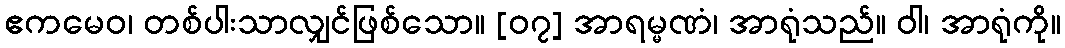
ဧကမေဝ၊ တစ်ပါးသာလျှင်ဖြစ်သော။ [၀၇] အာရမ္မဏံ၊ အာရုံသည်။ ဝါ၊ အာရုံကို။